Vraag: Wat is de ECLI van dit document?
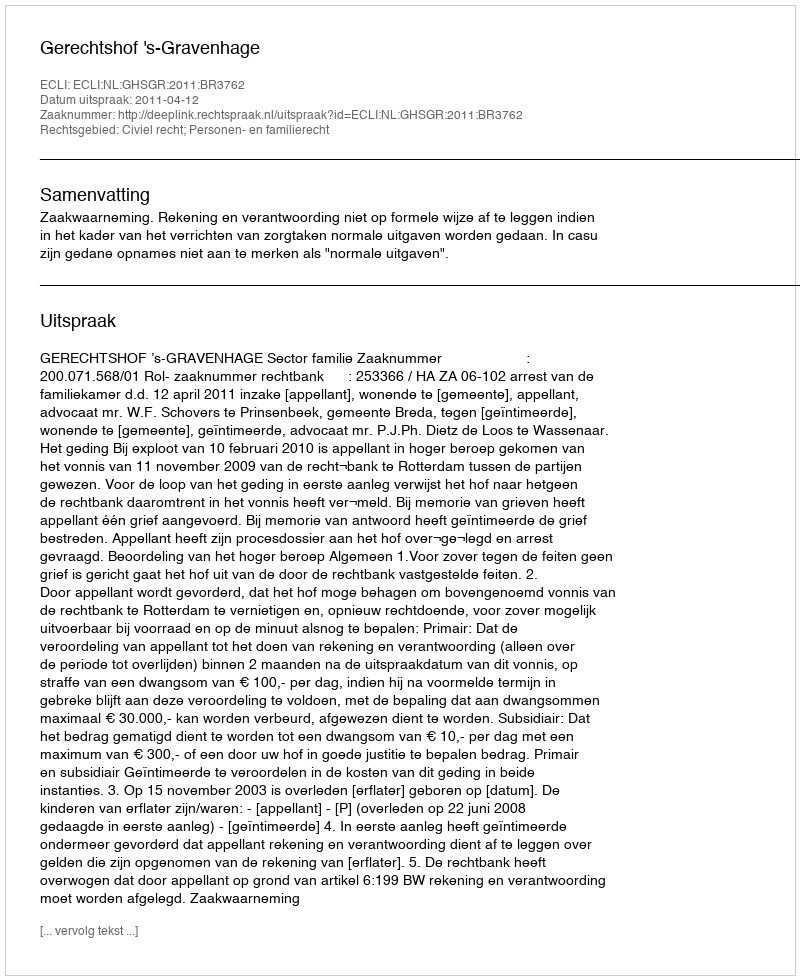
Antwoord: ECLI:NL:GHSGR:2011:BR3762